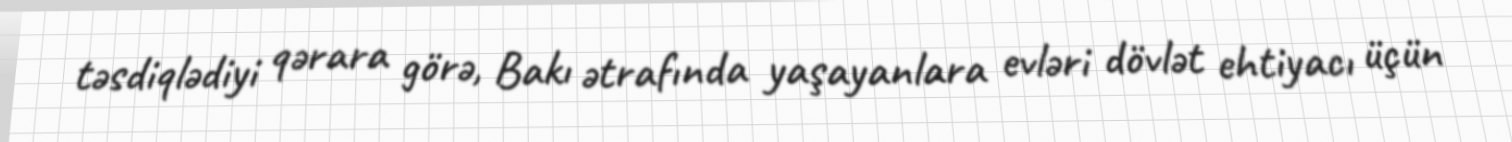
təsdiqlədiyi qərara görə, Bakı ətrafında yaşayanlara evləri dövlət ehtiyacı üçün